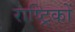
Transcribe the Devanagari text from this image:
राष्ट्रिकों